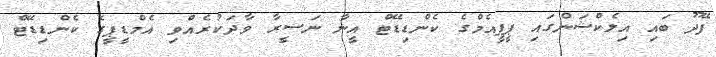
ފޭދޫ ބައި އިލެކްޝަންގައި ޕީޕީއެމްގެ ކެންޑިޑޭޓް އީނާ ނަސީރާ ވާދަކުރެއްވި އެމްޑީޕީގެ ކެންޑިޑޭޓް